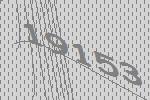
19153